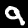
Label: 9